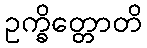
ဥက္ခိတ္တောတိ